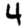
Digit: 4